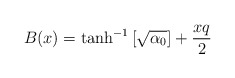
\begin{align*}B(x) = \tanh^{-1} \left[ \sqrt{\alpha_0} \right] +{x q\over{2}}\end{align*}